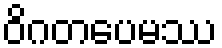
ဝိဂတပေမဿ